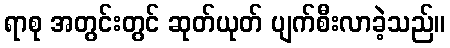
ရာစု အတွင်းတွင် ဆုတ်ယုတ် ပျက်စီးလာခဲ့သည်။